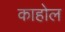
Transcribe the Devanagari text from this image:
काहोल